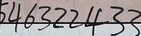
546322433